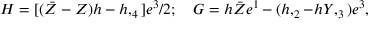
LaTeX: H = [ ( \bar { Z } - Z ) h - h , _ { 4 } ] e ^ { 3 } / 2 ; \quad G = h \bar { Z } e ^ { 1 } - ( h , _ { 2 } - h Y , _ { 3 } ) e ^ { 3 } ,